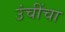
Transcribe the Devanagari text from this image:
उंचींचा